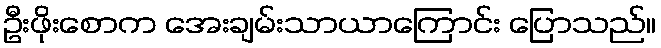
ဦးဖိုးစောက အေးချမ်းသာယာကြောင်း ပြောသည်။